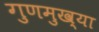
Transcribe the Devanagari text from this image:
गुणमुख्या